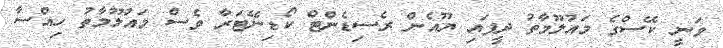
ވަނީ ކޭސްގެ މައުލޫމާތު ދީފައި ޔޫއެން ރެސިޑެންޓް ކޯޑިނޭޓަރާ ވެސް މައުލޫމާތު ހިއްސާ